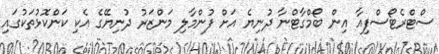
ސްޓްރެޓޯސްފިއާ އިން ބޯމްގާޓްނާ ދުނިޔެ އަށް ފުންމާލި މަންޒަރު ދުނިޔޭގެ އެކި ކަންކޮޅުތަކުގައި